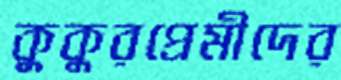
কুকুরপ্রেমীদের